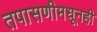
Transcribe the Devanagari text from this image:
तपासणीमधूनही